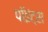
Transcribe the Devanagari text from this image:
पॉइंट्‌स